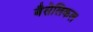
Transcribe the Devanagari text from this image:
बैसेलिकल